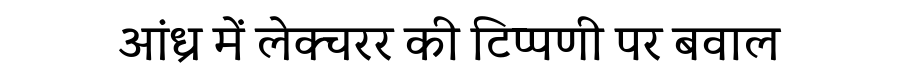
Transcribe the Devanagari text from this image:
आंध्र में लेक्चरर की टिप्पणी पर बवाल